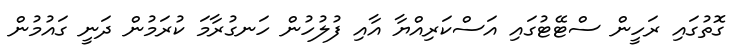
ގޮތުގައި ރަހީން ސްޓޭޓުގައި އަސްކަރިއްޔާ އާއި ފުލުހުން ހަނގުރާމަ ކުރަމުން ދަނީ ގައުމުން